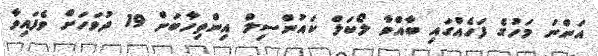
އަންނަ މަހުގެ ފަހެއްގައި ބާއްވާ ލޯކަލް ކައުންސިލް އިންތިހާބަށް 19 ދުވަހަށް ވެފައިވާ